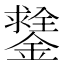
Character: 𨭻